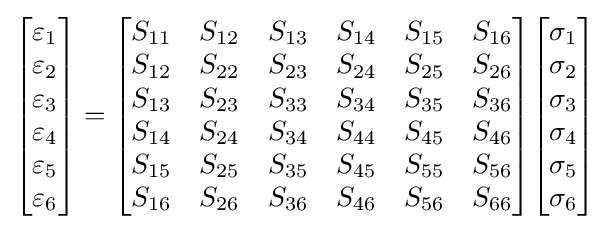
{\begin{bmatrix}\varepsilon _{1}\\\varepsilon _{2}\\\varepsilon _{3}\\\varepsilon _{4}\\\varepsilon _{5}\\\varepsilon _{6}\end{bmatrix}}={\begin{bmatrix}S_{11}&S_{12}&S_{13}&S_{14}&S_{15}&S_{16}\\S_{12}&S_{22}&S_{23}&S_{24}&S_{25}&S_{26}\\S_{13}&S_{23}&S_{33}&S_{34}&S_{35}&S_{36}\\S_{14}&S_{24}&S_{34}&S_{44}&S_{45}&S_{46}\\S_{15}&S_{25}&S_{35}&S_{45}&S_{55}&S_{56}\\S_{16}&S_{26}&S_{36}&S_{46}&S_{56}&S_{66}\end{bmatrix}}{\begin{bmatrix}\sigma _{1}\\\sigma _{2}\\\sigma _{3}\\\sigma _{4}\\\sigma _{5}\\\sigma _{6}\end{bmatrix}}